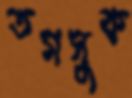
তমসুক